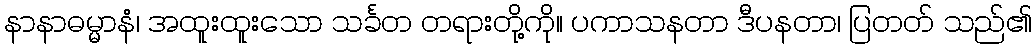
နာနာဓမ္မာနံ၊ အထူးထူးသော သင်္ခတ တရားတို့ကို။ ပကာသနတာ ဒီပနတာ၊ ပြတတ် သည်၏